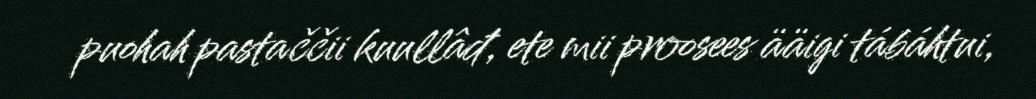
puohah pastaččii kuullâđ, ete mii proosees ääigi tábáhtui,